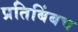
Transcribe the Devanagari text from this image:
प्रतिबिंबच